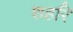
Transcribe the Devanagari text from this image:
शहरि